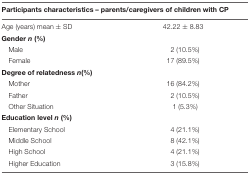
<table><thead><tr><td colspan="2"><b>Participants characteristics – parents/caregivers of children with CP</b></td></tr></thead><tbody><tr><td>Age (years) mean ± SD</td><td>42.22 ± 8.83</td></tr><tr><td><b>Gender <i>n</i> (%)</b></td></tr><tr><td>Male</td><td>2 (10.5%)</td></tr><tr><td>Female</td><td>17 (89.5%)</td></tr><tr><td><b>Degree of relatedness <i>n</i>(%)</b></td></tr><tr><td>Mother</td><td>16 (84.2%)</td></tr><tr><td>Father</td><td>2 (10.5%)</td></tr><tr><td>Other Situation</td><td>1 (5.3%)</td></tr><tr><td><b>Education level <i>n</i> (%)</b></td></tr><tr><td>Elementary School</td><td>4 (21.1%)</td></tr><tr><td>Middle School</td><td>8 (42.1%)</td></tr><tr><td>High School</td><td>4 (21.1%)</td></tr><tr><td>Higher Education</td><td>3 (15.8%)</td></tr></tbody></table>